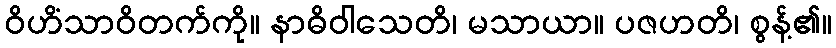
ဝိဟိံသာဝိတက်ကို။ နာဓိဝါသေတိ၊ မသာယာ။ ပဇဟတိ၊ စွန့်၏။